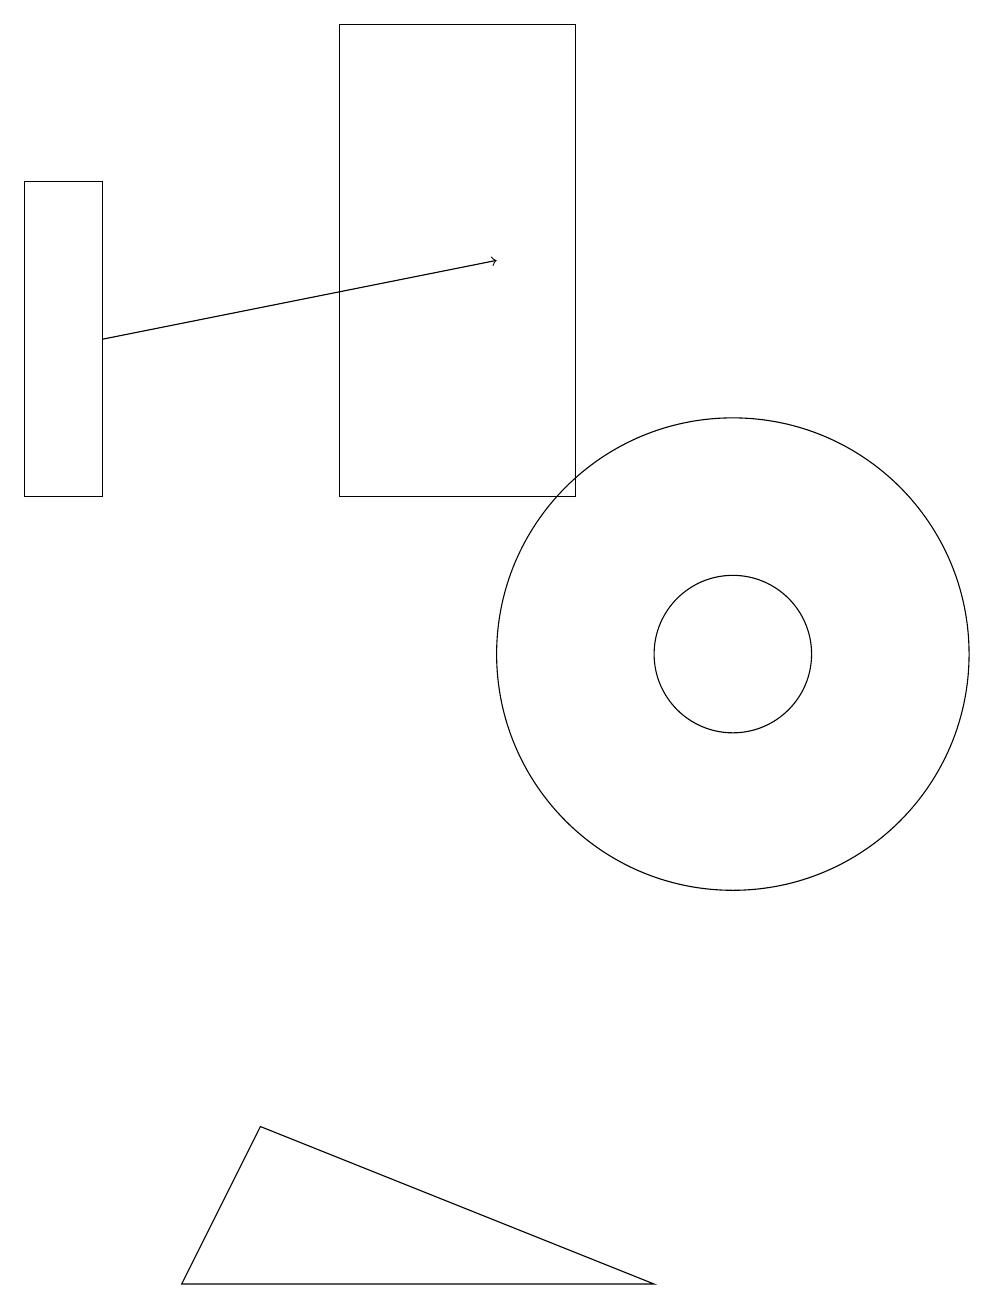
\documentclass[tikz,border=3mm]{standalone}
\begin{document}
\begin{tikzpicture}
\draw (9,2) -- (4,4) -- (3,2) -- cycle;
\draw (5,12) rectangle (8,18);
\draw[->] (2,14) -- (7,15);
\draw (10,10) circle (3);
\draw (10,10) circle (1);
\draw (2,16) rectangle (1,12);
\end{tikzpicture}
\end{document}